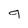
Character: 9